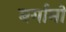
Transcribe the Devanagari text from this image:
बर्गामो